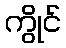
ကွိုင်